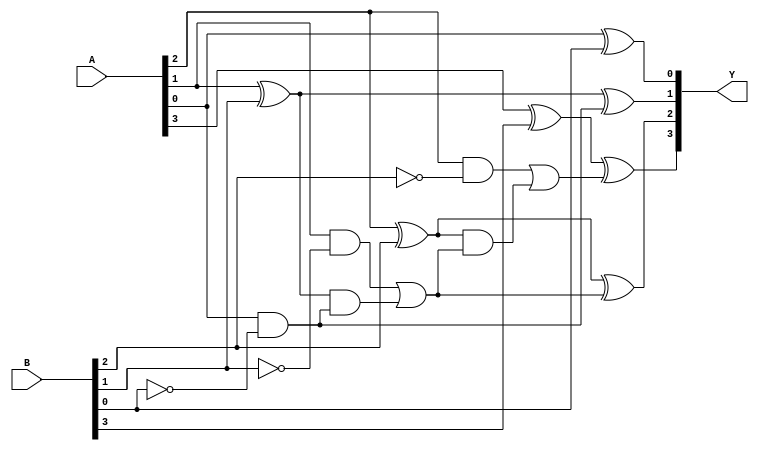
module comb_subtractor(input [3:0] A, input [3:0] B, output [3:0] Y);

wire C0, C1, C2, C3;
wire D0, D1, D2, D3;

assign D0 = A[0] ^ B[0];
assign D1 = (A[1] ^ B[1]) ^ C0;
assign D2 = (A[2] ^ B[2]) ^ C1;
assign D3 = (A[3] ^ B[3]) ^ C2;

assign Y = {D3, D2, D1, D0};
assign C3 = (A[3] & ~B[3]) | ((A[3] ^ B[3]) & C2);
assign C2 = (A[2] & ~B[2]) | ((A[2] ^ B[2]) & C1);
assign C1 = (A[1] & ~B[1]) | ((A[1] ^ B[1]) & C0);
assign C0 = (A[0] & ~B[0]);

endmodule